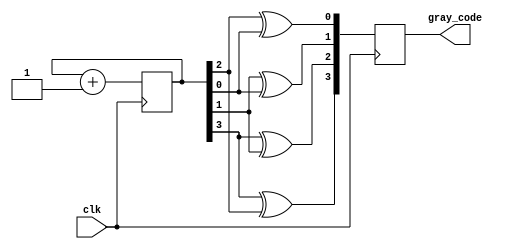
module GrayCounterClockDivider (
    input wire clk,
    output wire [3:0] gray_code
);

reg [3:0] counter;
reg [3:0] gray_code_reg;

always @(posedge clk) begin
    counter <= counter + 1;
    gray_code_reg <= {counter[3] ^ counter[2], counter[3] ^ counter[1], counter[1] ^ counter[0], counter[2] ^ counter[0]};
end

assign gray_code = gray_code_reg;

endmodule